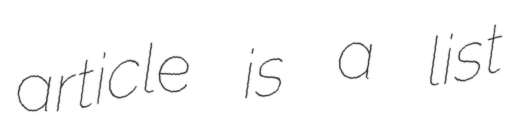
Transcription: article is a list